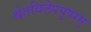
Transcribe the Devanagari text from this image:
श्वेतविलेपपुष्पम्